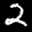
Label: 2